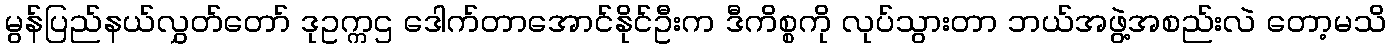
မွန်ပြည်နယ်လွှတ်တော် ဒုဥက္ကဌ ဒေါက်တာအောင်နိုင်ဦးက ဒီကိစ္စကို လုပ်သွားတာ ဘယ်အဖွဲ့အစည်းလဲ တော့မသိ